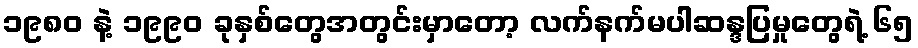
၁၉၈၀ နဲ့ ၁၉၉၀ ခုနှစ်တွေအတွင်းမှာတော့ လက်နက်မပါဆန္ဒပြမှုတွေရဲ့ ၆၅